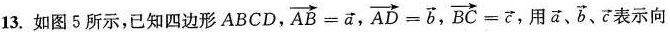
13.如图5所示，已知四边形ABCD， $$\overrightarrow{AB}= \overrightarrow{a}$$ , $$\overrightarrow{AD}= \overrightarrow{b}$$ ， $$\overrightarrow{BC}= \overrightarrow{c}$$ ，用 \overrightarrow{a}、\overrightarrow{b} 、\overrightarrow{c}表示向